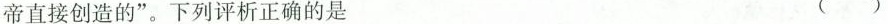
帝直接创造的”。下列评析正确的是 ()